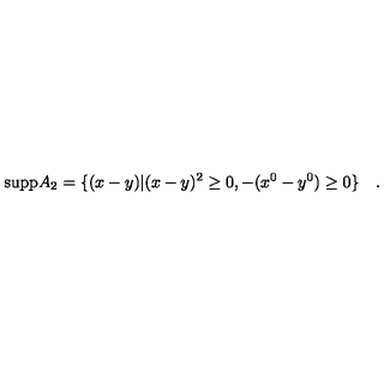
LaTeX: { \mathrm { s u p p } } A _ { 2 } = \{ ( x - y ) | ( x - y ) ^ { 2 } \ge 0 , - ( x ^ { 0 } - y ^ { 0 } ) \ge 0 \} \quad .